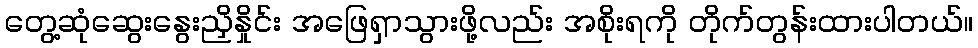
တွေ့ဆုံဆွေးနွေးညှိနှိုင်း အဖြေရှာသွားဖို့လည်း အစိုးရကို တိုက်တွန်းထားပါတယ်။